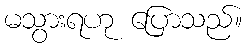
မသွားရဟု ပြောသည်။